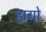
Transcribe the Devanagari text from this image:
ह्यगो